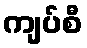
ကျပ်စီ